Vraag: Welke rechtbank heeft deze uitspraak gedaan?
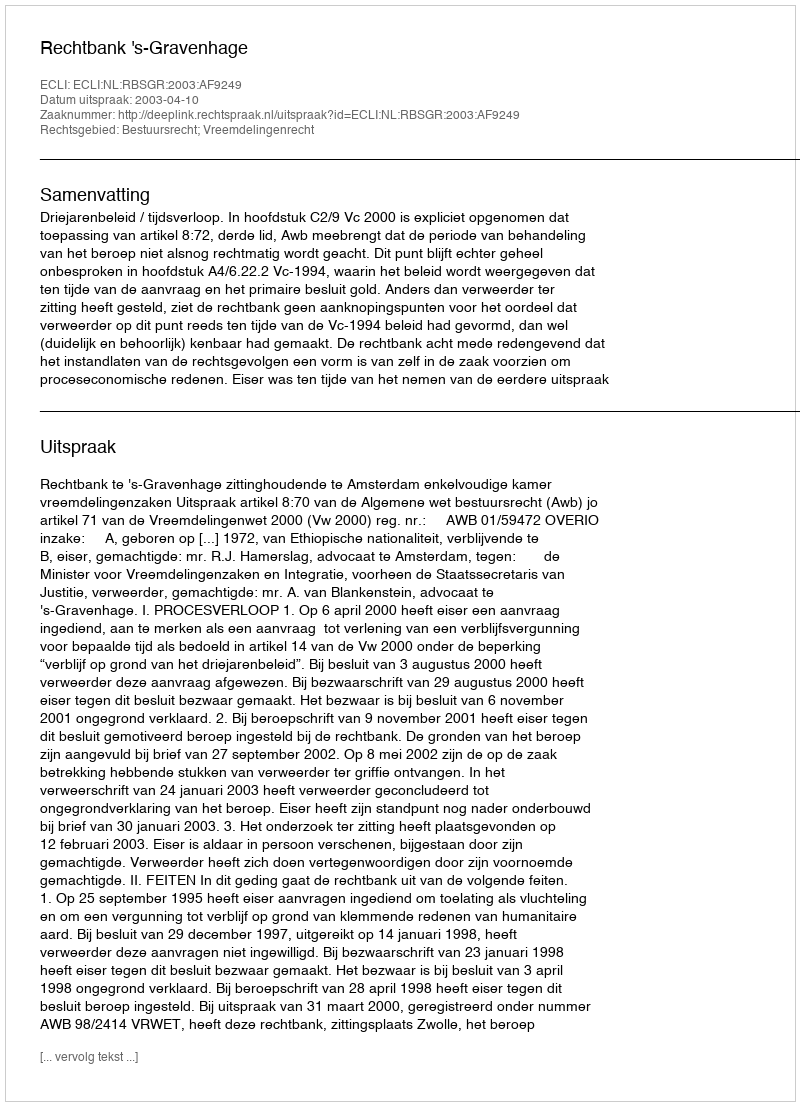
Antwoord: Rechtbank 's-Gravenhage